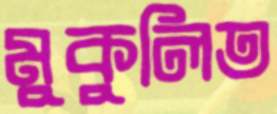
মুকুলিত